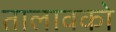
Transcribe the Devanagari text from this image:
तालावको